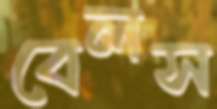
বেলস